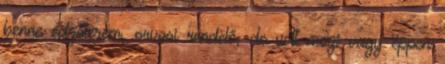
benne edzőterem, orvosi rendelő, de volt mozi vagy éppen